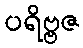
ပရိဗ္ဗဇ